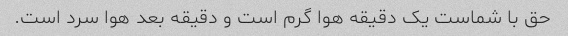
حق با شماست یک دقیقه هوا گرم است و دقیقه بعد هوا سرد است.